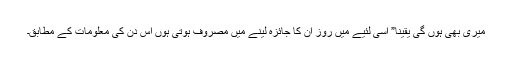
میری بھی ہوں گی یقینا” اسی لئیے میں روز ان کا جائزہ لینے میں مصروف ہوتی ہوں اس دن کی معلومات کے مطابق۔